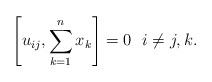
\begin{gather*}\left[u_{ij},\sum_{k=1}^{n} x_k\right] =0 \ \ i \not= j, k.\end{gather*}